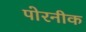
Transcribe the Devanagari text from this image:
पोरनीक